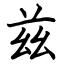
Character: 兹